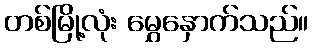
တစ်မြို့လုံး မွှေနှောက်သည်။